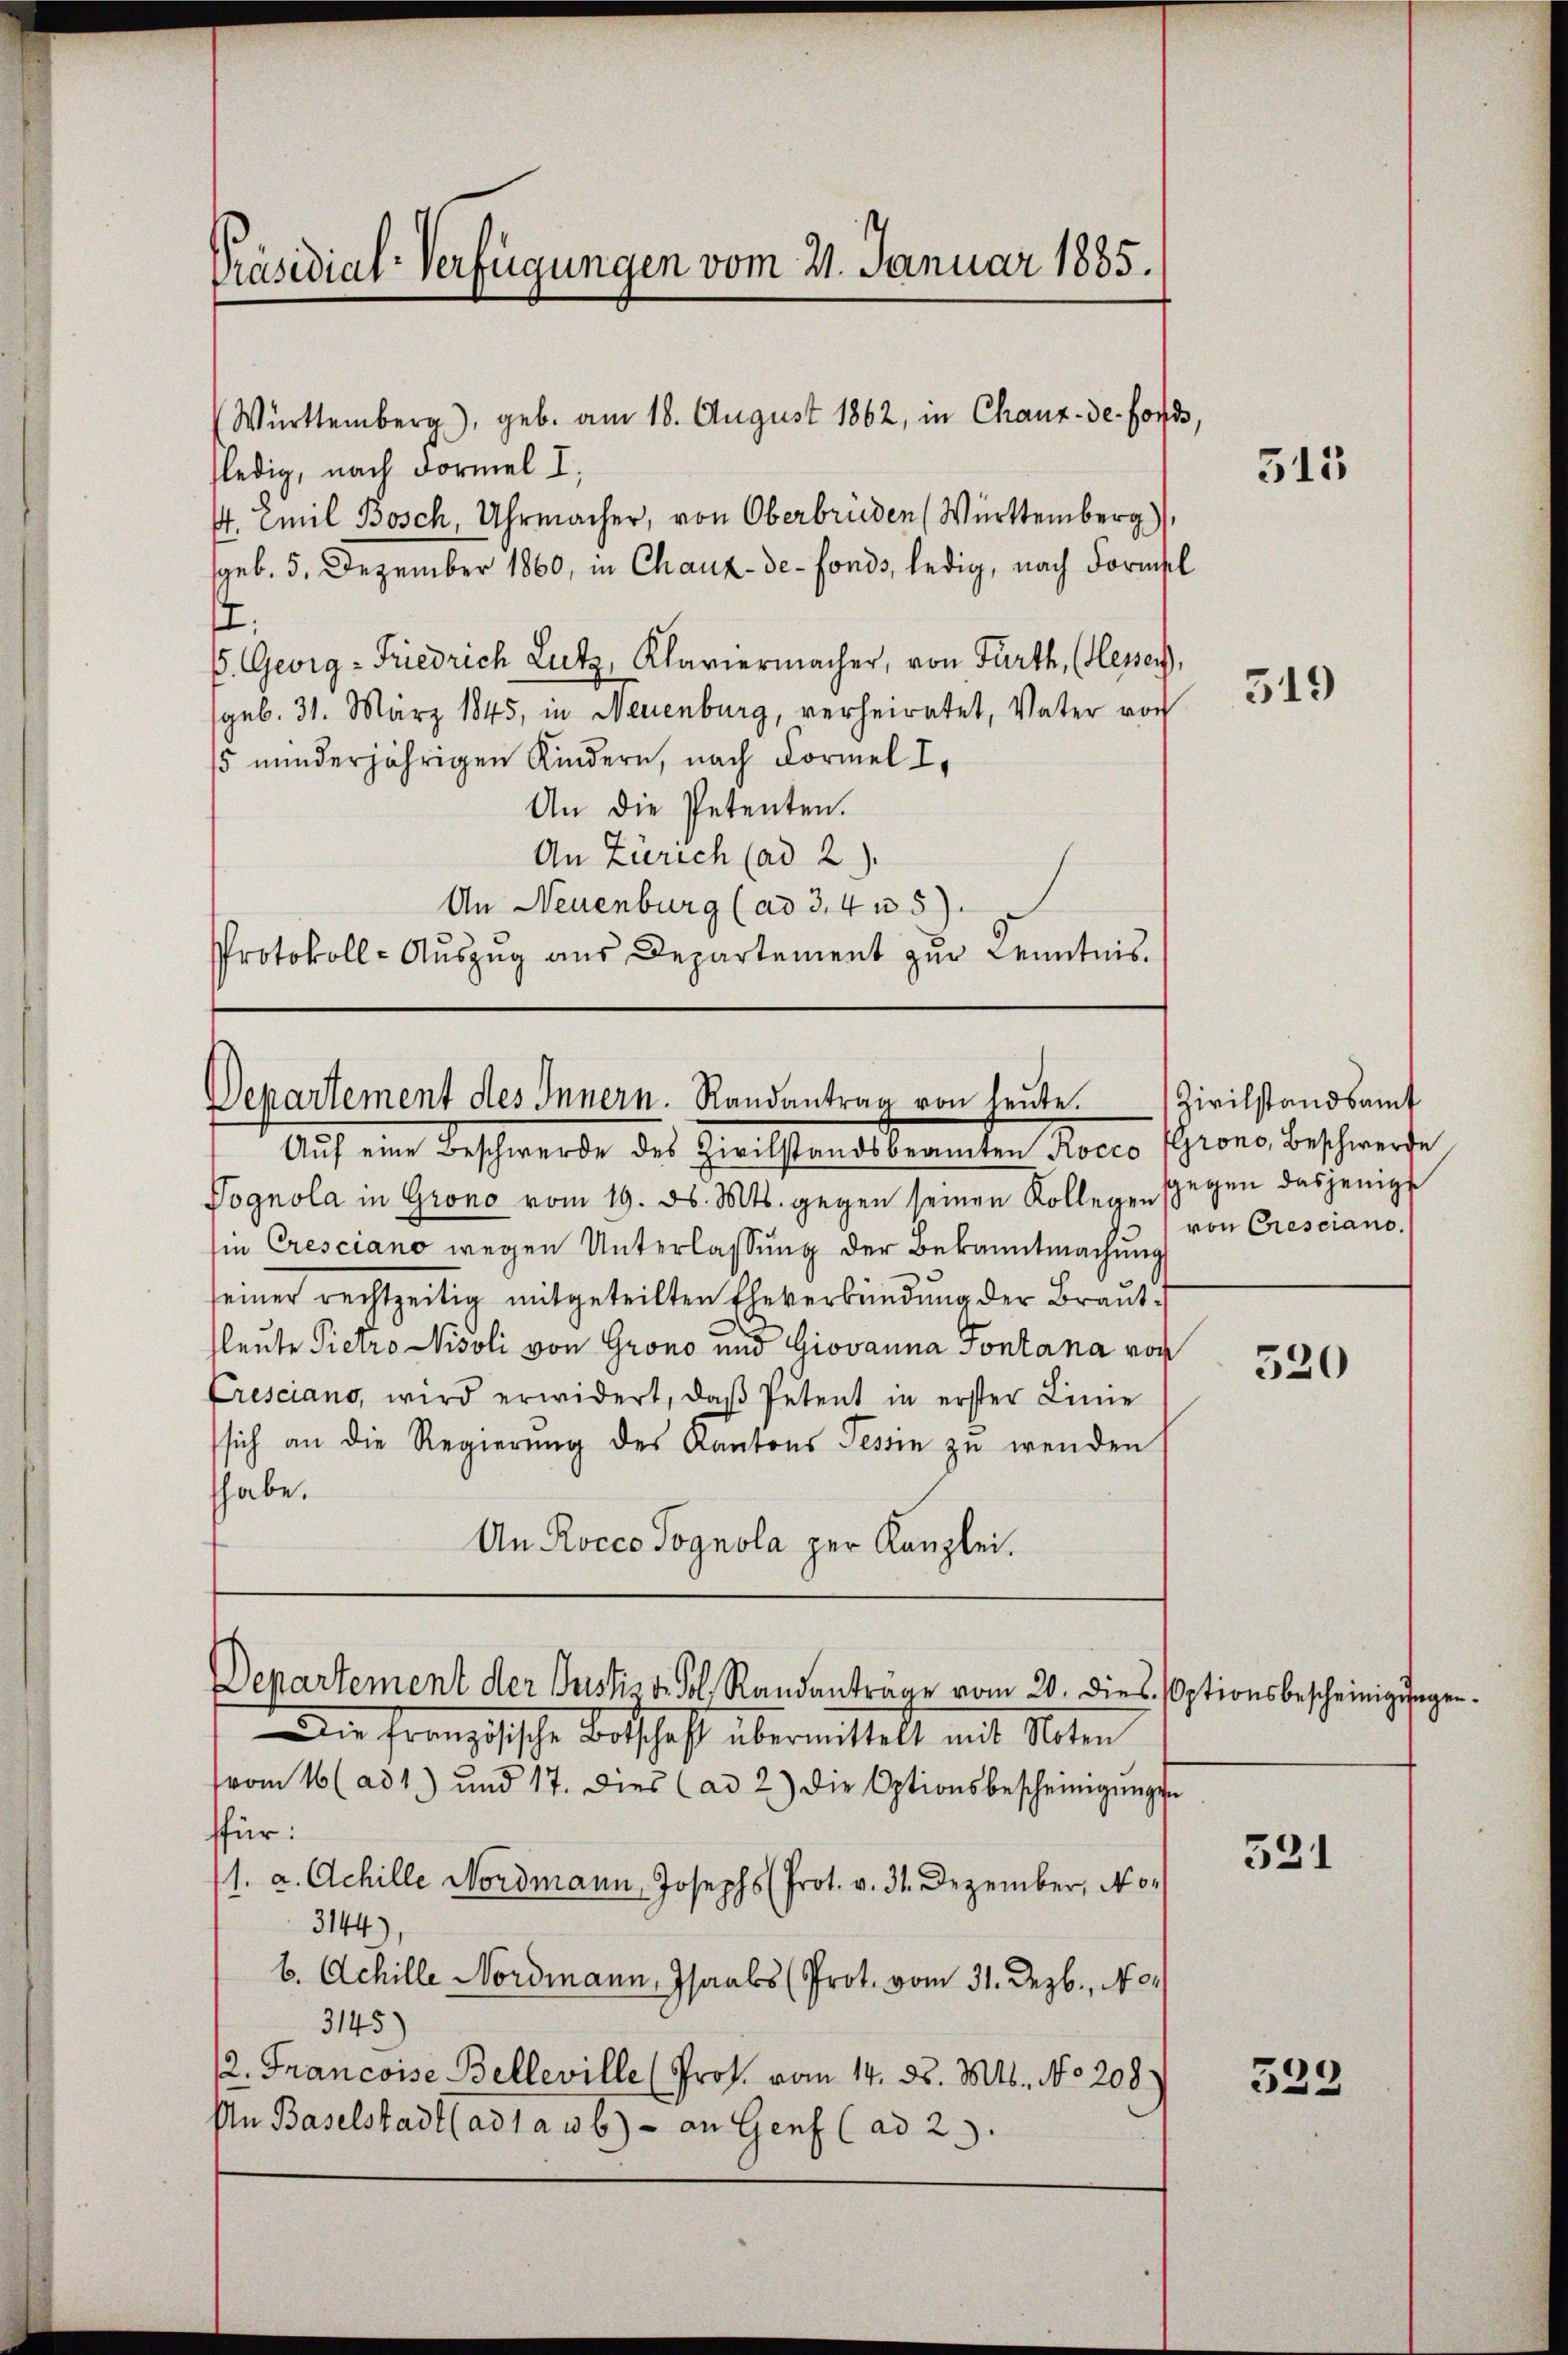
Präsidial-Verfügungen vom 21. Januar 1885.
Württemberg), geb. am 18. August 1862, in Chaux-de-Fonds,

fledig, nach Formel I,
4. Emil Bosch, Uhrmacher, von Oberbrüden (Württemberg),
sgeb. 5. Dezember 1860, in Chaux-de-Fonds, ledig, nach Formel
.
6. Georg - Friedrich Lutz, Klaviermacher, von Fürth, (lessen,
geb. 31. März 1845, in Neuenburg, verheiratet, Vater vor
15 minderjährigen Kindern, nach Formel I
An die Petenten.
An Zürich (ad 2.)
An Neuenburg (ad 3,4 n 5.
Protokoll-Auszug aus Departement zur Kenntnis.

Departement des Innern. Randantrag von heute.
Auf eine Beschwerde des Zivilstandsbeamten Rocco prono, beschwerde

Pognola in Grono vom 19. ds. Mts. gegen seinen Kollegensgegen dasjenige
sin Cresciano wegen Unterlassung der Bekanntmachung
seiner rechtzeitig mitgeteilten Eheverkündung der Brautfleute Pietro Nisoli von Grono und Giovanna Fontana von
Cresciano, wird erwidert, daβ Petent in erster Linie
sich an die Regierung des Kantons Tessin zu wenden
thabe.
An Rocco Pognola per Kanzlei.

Departement der Justis d. Fol. Randanträge vom 20. dies. (Optionsbescheinigungen

Die französische Botschaft übermittelt mit Alten
vom 16 (ad 1) und 17. dies (ad 2) die Optionsbescheinigŭngen
ffür:
1. a. Achille Nordmann, Josephs (Prot. v. 31. Dezember, No¬
1.
3144)
b. Achille Nordmann, Isaabs (Prot. vom 31. Dezb., No.
3145
/2. Francoise Belleville (Prof. vom 14. d. Mts. No 208.
An Baselstadt (ad1awb) - an Genf (ad 2.

315

519

Zivilstandsamt
von Cresciano.

520

531

523